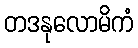
တဒနုလောမိကံ